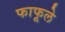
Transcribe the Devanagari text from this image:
फाफूले